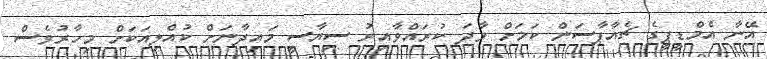
އޭނާ އެމްޑީޕީގެ ޗެއާޕާސަން ކަމަށް ވާދަ ކުރައްވާއިރު ސިޔާސީ މައިދާނަށް ކުއްލިއަކަށް މިހާރުވެސް